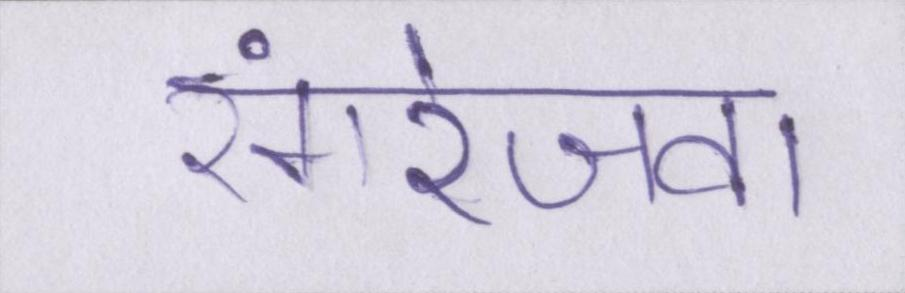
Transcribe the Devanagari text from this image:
रंगरेजवा